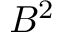
B ^ { 2 }